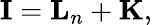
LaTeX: {\mathbf{I}}={\mathbf{L}}_{n}+{\mathbf{K}},